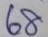
68